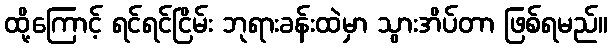
ထို့ကြောင့် ရင်ရင်ငြိမ်း ဘုရားခန်းထဲမှာ သွားအိပ်တာ ဖြစ်ရမည်။